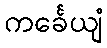
ကင်္ခေယျံ